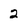
Character: 2